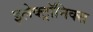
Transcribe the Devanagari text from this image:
इलेक्ट्राॅनिक्स